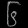
Digit: ၆